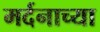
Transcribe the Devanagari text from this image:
मर्दनाच्या